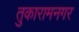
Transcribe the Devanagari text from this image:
तुकारामनगर